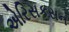
એરિસકસન